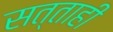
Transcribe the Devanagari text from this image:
सत्ताही